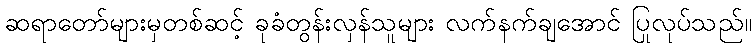
ဆရာတော်များမှတစ်ဆင့် ခုခံတွန်းလှန်သူများ လက်နက်ချအောင် ပြုလုပ်သည်။